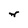
Character: r